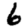
Digit: 6